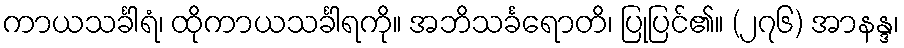
ကာယသင်္ခါရံ၊ ထိုကာယသင်္ခါရကို။ အဘိသင်္ခရောတိ၊ ပြုပြင်၏။ (၂၇၆) အာနန္ဒ၊